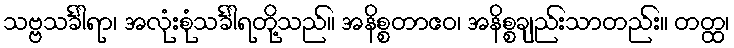
သဗ္ဗသင်္ခါရာ၊ အလုံးစုံသင်္ခါရတို့သည်။ အနိစ္စတာဧဝ၊ အနိစ္စချည်းသာတည်း။ တတ္ထ၊